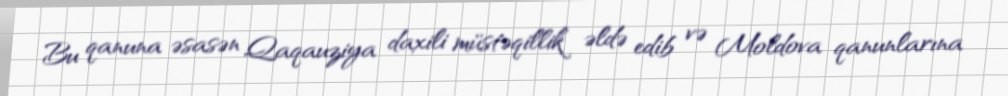
Bu qanuna əsasən Qaqauziya daxili müstəqillik əldə edib və Moldova qanunlarına